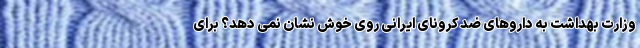
وزارت بهداشت به داروهای ضد کرونای ایرانی روی خوش نشان نمی دهد؟ برای